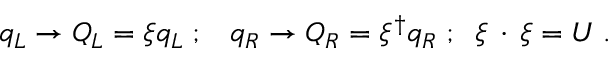
q _ { L } \rightarrow { \cal { Q } } _ { L } = \xi q _ { L } \; ; \; \; \; q _ { R } \rightarrow { \cal { Q } } _ { R } = \xi ^ { \dagger } q _ { R } \; ; \; \; \xi \, \cdot \, \xi = U \; .